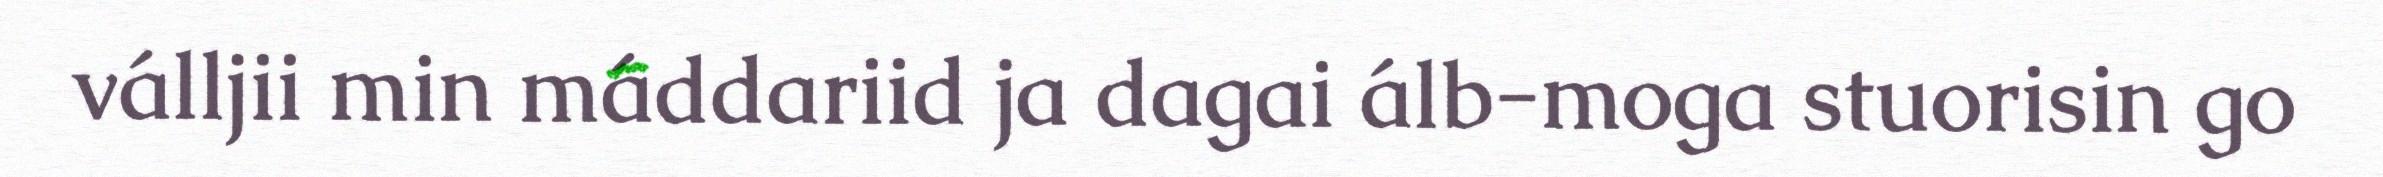
válljii min máddariid ja dagai álb-moga stuorisin go